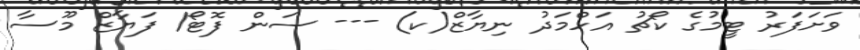
ވަށަފަރު ޓީމުގެ ކޯޗު އަހްމަދު ނިޔާޒް(ކ) --- ސަން ފޮޓޯ/ ފަޔާޒް މޫސާ